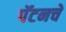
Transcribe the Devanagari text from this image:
पॅटनचे